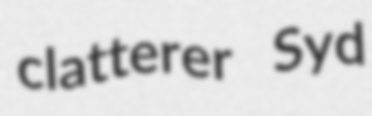
clatterer Syd